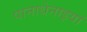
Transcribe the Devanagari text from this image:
पानाथेनाइयां